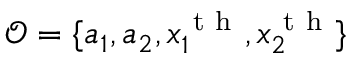
\mathcal { O } = \{ a _ { 1 } , a _ { 2 } , x _ { 1 } ^ { \mathrm { ~ t ~ h ~ } } , x _ { 2 } ^ { \mathrm { ~ t ~ h ~ } } \}